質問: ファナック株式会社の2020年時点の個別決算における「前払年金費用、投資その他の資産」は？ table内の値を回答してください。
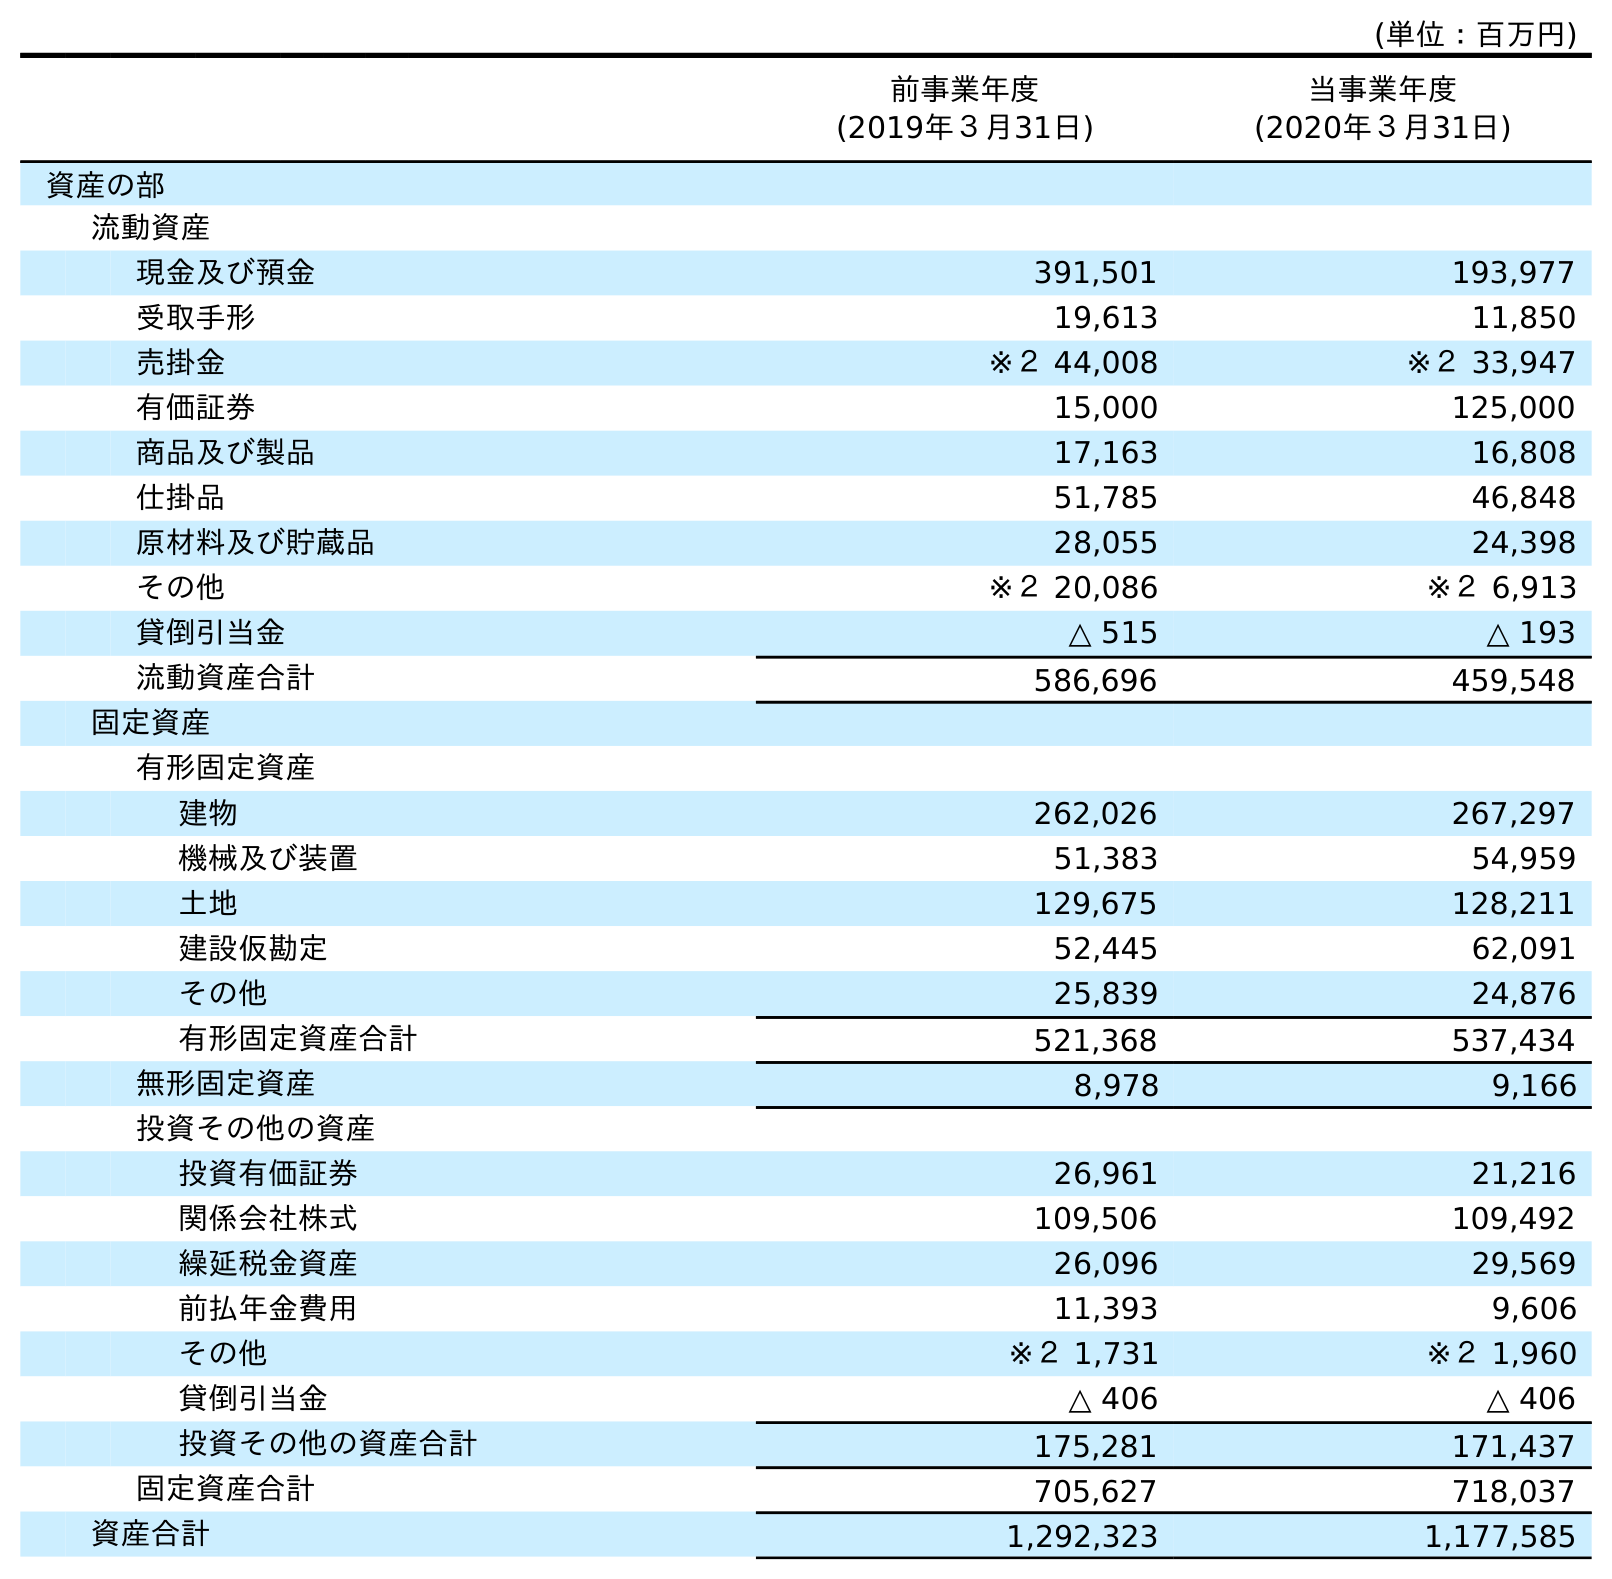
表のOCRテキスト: (単位：百万円) 前事業年度 (2019年３月31日) 当事業年度 (2020年３月31日) 資産の部 流動資産 現金及び預金 391,501 193,977 受取手形 19,613 11,850 売掛金 ※２ 44,008 ※２ 33,947 有価証券 15,000 125,000 商品及び製品 17,163 16,808 仕掛品 51,785 46,848 原材料及び貯蔵品 28,055 24,398 その他 ※２ 20,086 ※２ 6,913 貸倒引当金 △ 515 △ 193 流動資産合計 586,696 459,548 固定資産 有形固定資産 建物 262,026 267,297 機械及び装置 51,383 54,959 土地 129,675 128,211 建設仮勘定 52,445 62,091 その他 25,839 24,876 有形固定資産合計 521,368 537,434 無形固定資産 8,978 9,166 投資その他の資産 投資有価証券 26,961 21,216 関係会社株式 109,506 109,492 繰延税金資産 26,096 29,569 前払年金費用 11,393 9,606 その他 ※２ 1,731 ※２ 1,960 貸倒引当金 △ 406 △ 406 投資その他の資産合計 175,281 171,437 固定資産合計 705,627 718,037 資産合計 1,292,323 1,177,585
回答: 9,606